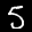
Label: 5